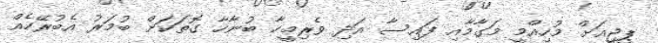
ޕީޖީއަށް މުހިއްމީ މަގާމާއި ފައިސާ އަދި ވެރިމީހާ ބުނާހާ ގޮތަކަށް ބުމަރު އެބުރޭހެއް